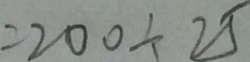
= 2 0 0 \div 2 5